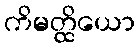
ကိမတ္ထိယော